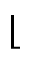
\lfloor